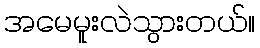
အမေမူးလဲသွားတယ်။